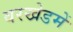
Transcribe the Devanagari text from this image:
वरखेडमें